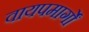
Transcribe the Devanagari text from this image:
वायपमार्गों